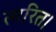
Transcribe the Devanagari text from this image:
त्वरित।